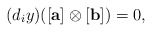
\begin{align*} (d_{i}y)([\mathbf{a}]\otimes [\mathbf{b}])=0, \end{align*}